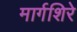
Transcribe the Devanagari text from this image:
मार्गशिरे